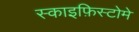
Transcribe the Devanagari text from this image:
स्काइफ़िस्टोमे